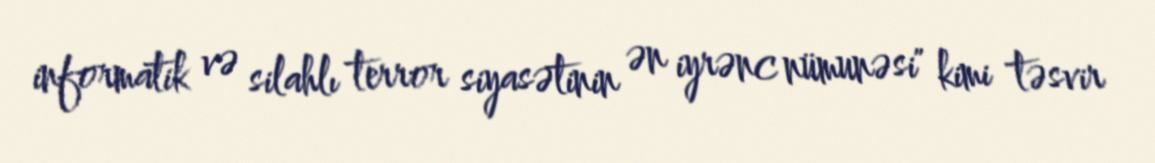
informatik və silahlı terror siyasətinin ən iyrənc nümunəsi" kimi təsvir